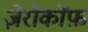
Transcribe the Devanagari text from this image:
ज़ेरोंकोंफ़